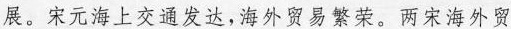
展。宋元海上交通发达，海外贸易繁荣。两宋海外贸